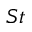
S t